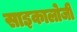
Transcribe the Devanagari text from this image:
साइकालोजी